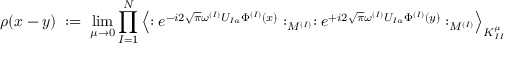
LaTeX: \rho ( x - y ) \; : = \; \operatorname * { l i m } _ { \mu \rightarrow 0 } \prod _ { I = 1 } ^ { N } \left\langle : e ^ { - i 2 \sqrt { \pi } \omega ^ { ( I ) } U _ { I a } \Phi ^ { ( I ) } ( x ) } : _ { M ^ { ( I ) } } : e ^ { + i 2 \sqrt { \pi } \omega ^ { ( I ) } U _ { I a } \Phi ^ { ( I ) } ( y ) } : _ { M ^ { ( I ) } } \right\rangle _ { K _ { I I } ^ { \mu } }